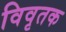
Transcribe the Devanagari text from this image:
विवृतक